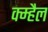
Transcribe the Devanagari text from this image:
क्म्हैल